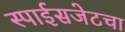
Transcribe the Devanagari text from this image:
स्पाईसजेटचा